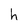
Character: h